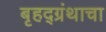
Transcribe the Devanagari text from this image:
बृहद्ग्रंथाचा